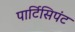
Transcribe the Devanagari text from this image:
पार्टिसिपंट